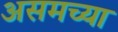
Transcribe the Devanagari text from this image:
असमच्या